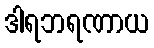
ဒါရဘရဏာယ